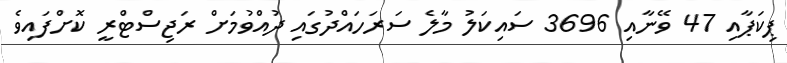
ޕިކަޕާއި 47 ވޭނާއި 3696 ސައިކަލު މާލެ ސަރަހައްދުގައި ދުއްވުމަށް ރަޖިސްޓްރީ ކޮށްފައިވެ